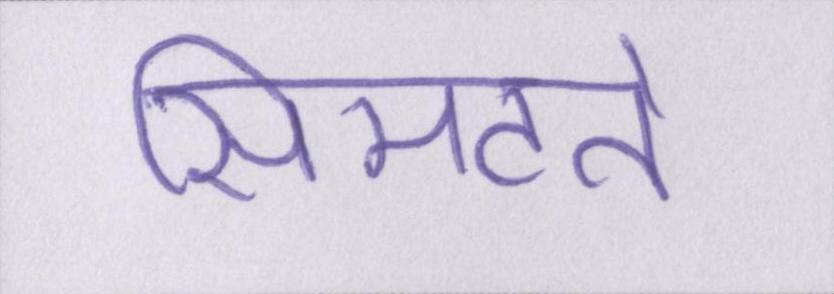
सिमटते